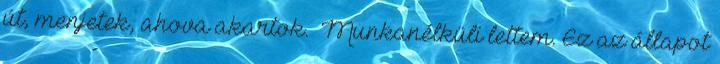
út, menjetek, ahova akartok. Munkanélküli lettem. Ez az állapot